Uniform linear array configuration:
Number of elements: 48
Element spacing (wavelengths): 1
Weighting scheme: exponential
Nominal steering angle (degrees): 0
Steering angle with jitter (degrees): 0.713
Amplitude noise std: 0.05
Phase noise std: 0.05

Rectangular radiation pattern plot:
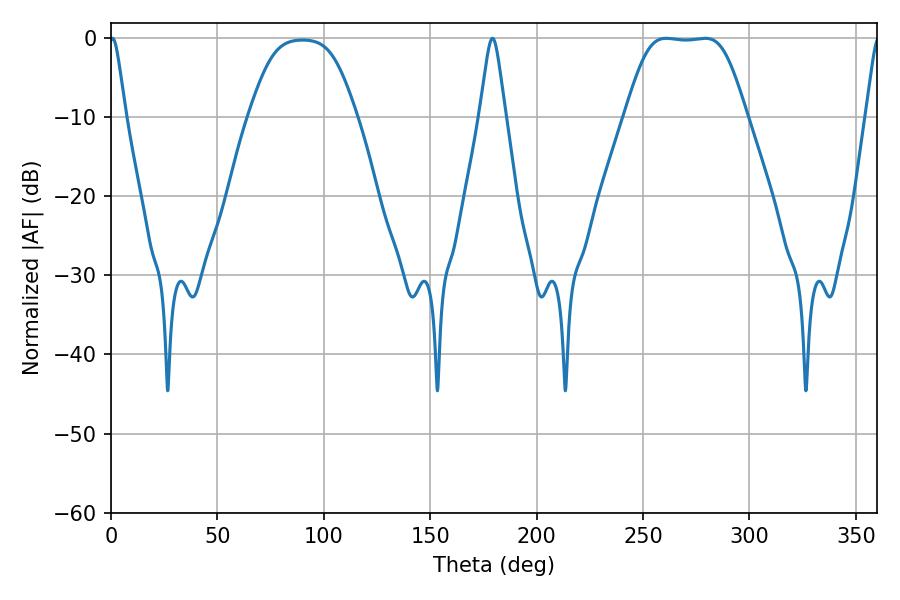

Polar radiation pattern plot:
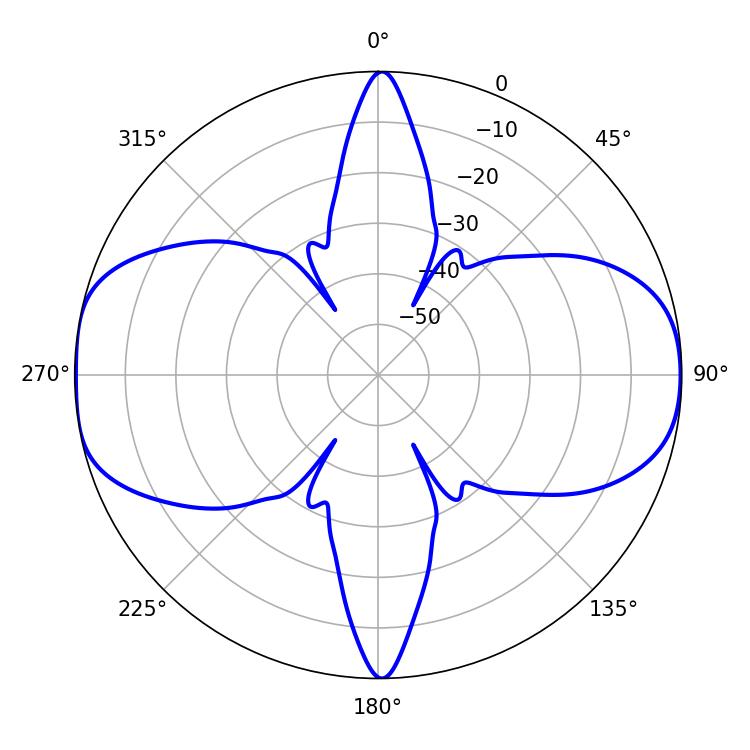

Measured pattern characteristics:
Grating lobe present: TRUE
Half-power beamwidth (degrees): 41.04
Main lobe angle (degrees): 260.82